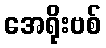
အေရိုးဗစ်